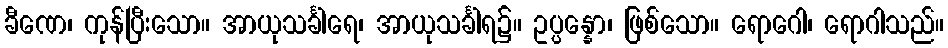
ခီဏေ၊ ကုန်ပြီးသော။ အာယုသင်္ခါရေ၊ အာယုသင်္ခါရ၌။ ဥပ္ပန္နော၊ ဖြစ်သော။ ရောဂေါ၊ ရောဂါသည်။